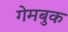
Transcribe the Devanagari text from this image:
गेमबुक